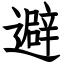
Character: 避